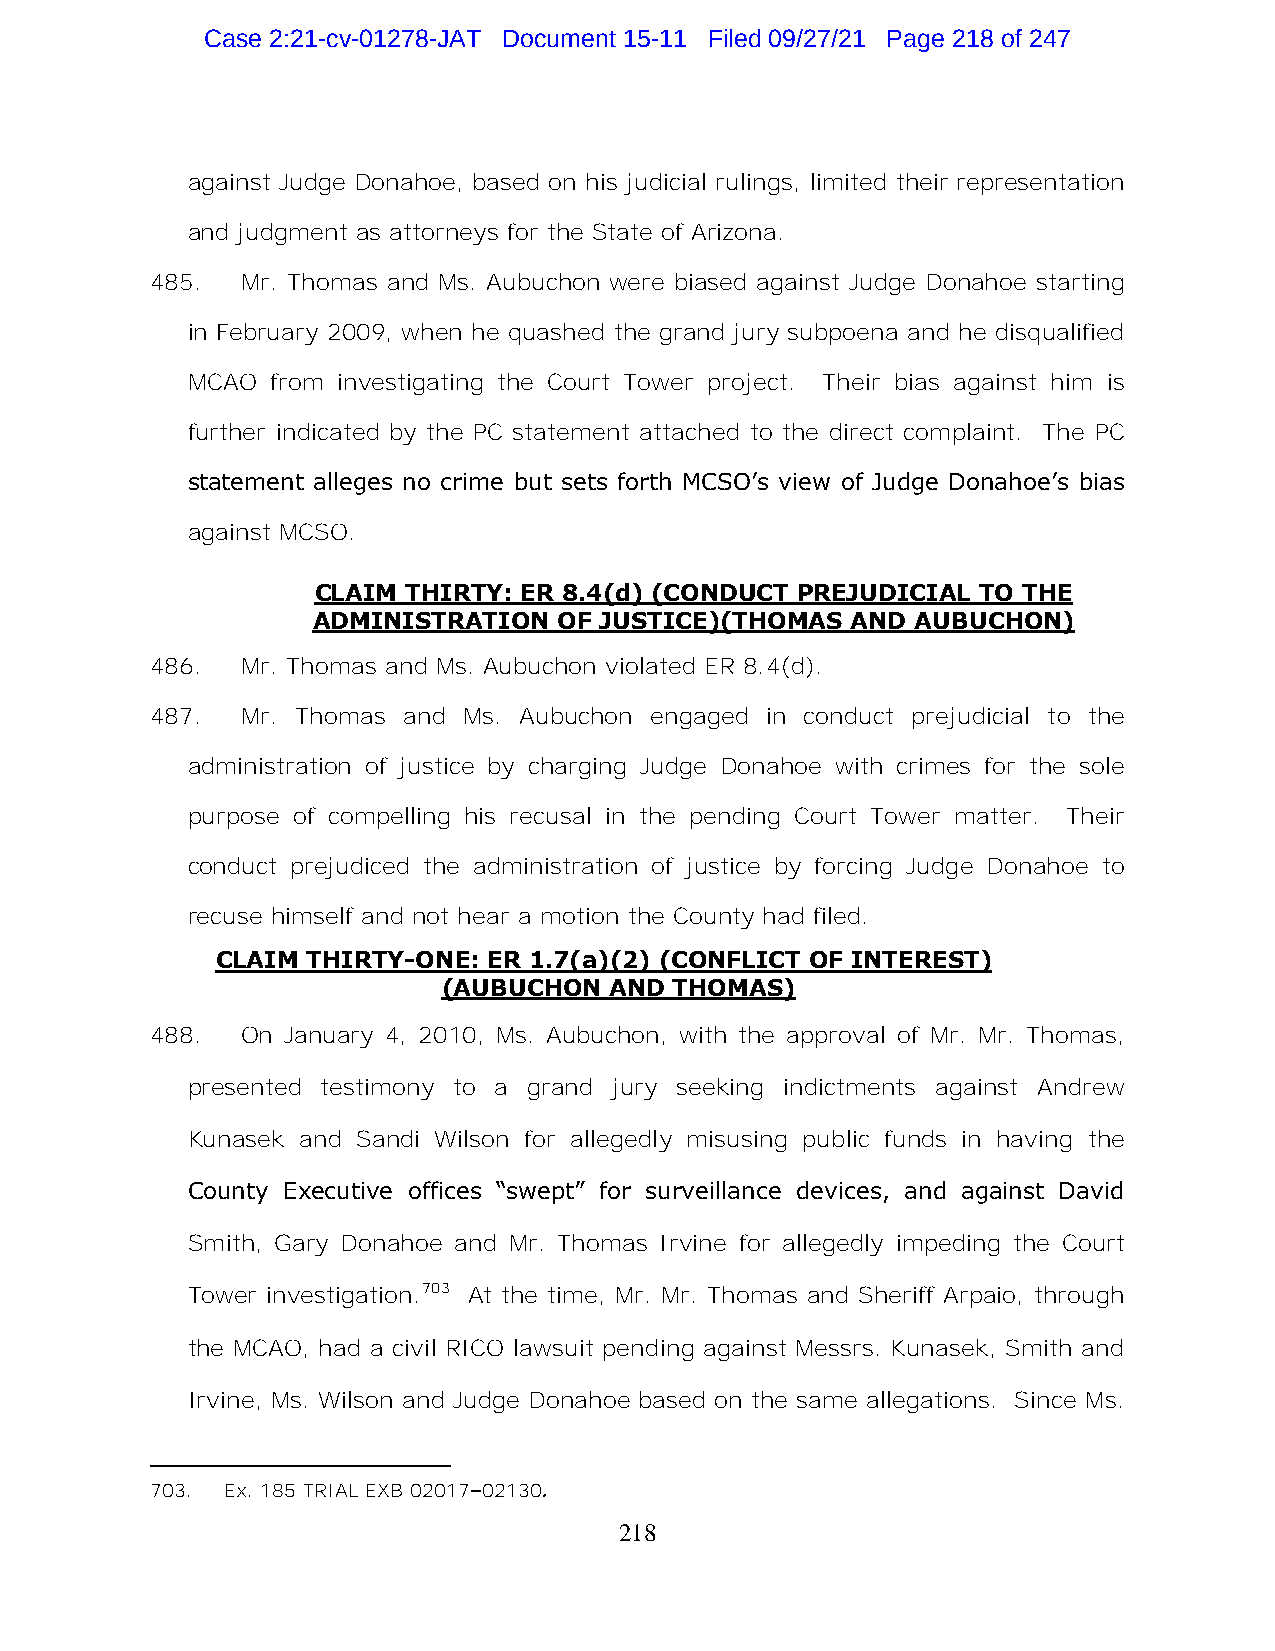
Case 2:21-cv-01278-JAT Document 15-11 Filed 09/27/21 Page 218 of 247
 against Judge Donahoe, based on his judicial rulings, limited their representation
 and judgment as attorneys for the State of Arizona.
 485.  Mr. Thomas and Ms. Aubuchon were biased against Judge Donahoe starting
 in February 2009, when he quashed the grand jury subpoena and he disqualified
 MCAO  from investigating the Court Tower project. Their bias against him is
 further indicated by the PC statement attached to the direct complaint. The PC
 statement alleges no crime but sets forth MCSO’s view of Judge Donahoe’s bias
 against MCSO.
 CLAIM THIRTY: ER 8.4(d) (CONDUCT PREJUDICIAL TO THE
 ADMINISTRATION  OF JUSTICE)(THOMAS AND  AUBUCHON)
 486.  Mr. Thomas and Ms. Aubuchon violated ER 8.4(d).
 487.  Mr. Thomas and Ms. Aubuchon engaged in conduct prejudicial to the
 administration of justice by charging Judge Donahoe with crimes for the sole
 purpose of compelling his recusal in the pending Court Tower matter. Their
 conduct prejudiced the administration of justice by forcing Judge Donahoe to
 recuse himself and not hear a motion the County had filed.
 CLAIM THIRTY-ONE: ER 1.7(a)(2) (CONFLICT OF INTEREST)
 (AUBUCHON  AND  THOMAS)
 488.  On January 4, 2010, Ms. Aubuchon, with the approval of Mr. Mr. Thomas,
 presented testimony to a grand jury seeking indictments against Andrew
 Kunasek and Sandi Wilson for allegedly misusing public funds in having the
 County Executive offices “swept” for surveillance devices, and against David
 Smith, Gary Donahoe and Mr. Thomas Irvine for allegedly impeding the Court
 Tower investigation.703 At the time, Mr. Mr. Thomas and Sheriff Arpaio, through
 the MCAO, had a civil RICO lawsuit pending against Messrs. Kunasek, Smith and
 Irvine, Ms. Wilson and Judge Donahoe based on the same allegations. Since Ms.
 703. Ex. 185 TRIAL EXB 02017–02130.
 218